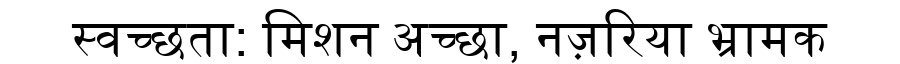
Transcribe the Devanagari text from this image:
स्वच्छता: मिशन अच्छा, नज़रिया भ्रामक